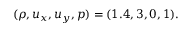
( \rho , u _ { x } , u _ { y } , p ) = ( 1 . 4 , 3 , 0 , 1 ) .